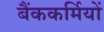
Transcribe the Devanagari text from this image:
बैंककर्मियों